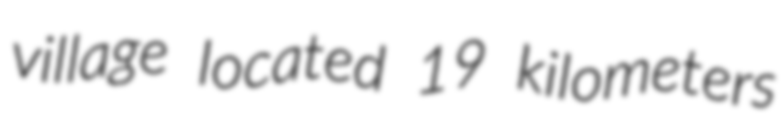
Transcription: village located 19 kilometers